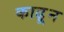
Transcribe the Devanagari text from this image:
काढू्न